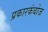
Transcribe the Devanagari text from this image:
प्रकारकंबोज